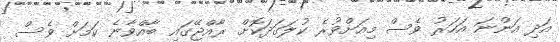
އަދި އަންނަ އަހަރު ވެސް މިއަށްވުރެ ކުލަގަދަކޮށް ރާއްޖޭގައި ބާއްވާނެ ކަމަށް ވެސް